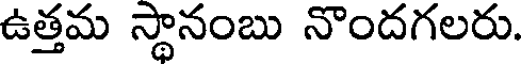
ఉత్తమ స్థానంబు నొందగలరు.